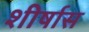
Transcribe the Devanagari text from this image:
शीर्षास